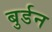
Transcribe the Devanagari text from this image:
बुर्डन